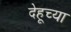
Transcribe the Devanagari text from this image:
देहूच्या